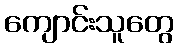
ကျောင်းသူတွေ